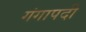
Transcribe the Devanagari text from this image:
गंगापदी